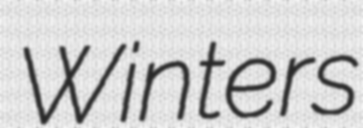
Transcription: Winters